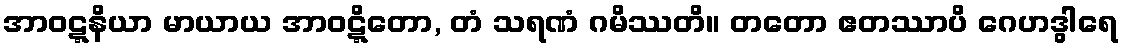
အာဝဋ္ဋနိယာ မာယာယ အာဝဋ္ဋိတော, တံ သရဏံ ဂမိဿတိ။ တတော ဧတဿာပိ ဂေဟဒွါရေ